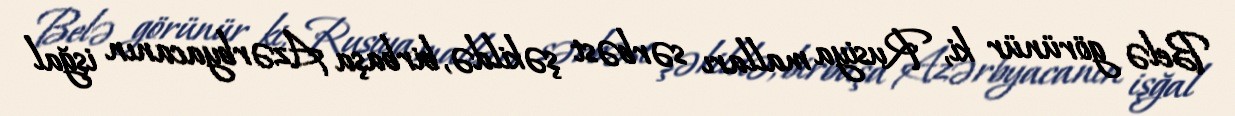
Belə görünür ki, Rusiya malları sərbəst şəkildə, birbaşa Azərbyacanın işğal